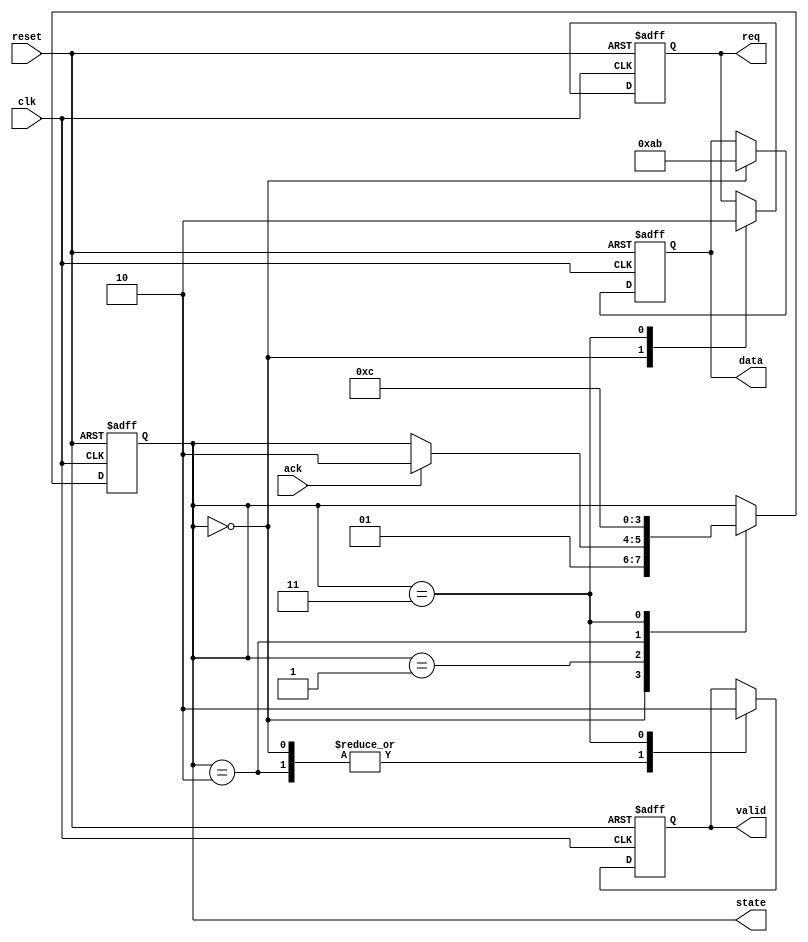
module master (
    input wire clk,
    input wire reset,
    output reg req,
    output reg valid,
    output reg [7:0] data,
    input wire ack,
    output reg [1:0] state
);

    parameter IDLE = 2'b00, REQUEST = 2'b01, TRANSFER = 2'b10, COMPLETE = 2'b11;
    
    initial begin
        req = 0;
        valid = 0;
        data = 8'b0;
        state = IDLE;
    end

    always @(posedge clk or posedge reset) begin
        if (reset) begin
            req <= 0;
            valid <= 0;
            data <= 0;
            state <= IDLE;
        end else begin
            case (state)
                IDLE: begin
                    // Initiating request phase
                    req <= 1;
                    data <= 8'hAB; // Example data
                    valid <= 1; // Data is ready
                    state <= REQUEST;
                end
                REQUEST: begin
                    if (ack) begin
                        state <= TRANSFER; // Move to transfer phase
                    end
                end
                TRANSFER: begin
                    // Send data on the bus
                    valid <= 1; // Indicate data is valid
                    state <= COMPLETE; // Move to completion phase
                end
                COMPLETE: begin
                    // Reset signals after transfer
                    req <= 0;
                    valid <= 0;
                    state <= IDLE; // Go back to Idle
                end
            endcase
        end
    end
endmodule